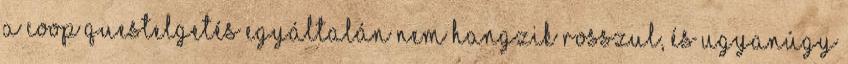
a coop questelgetés egyáltalán nem hangzik rosszul, és ugyanúgy